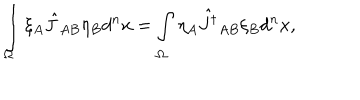
\int _ { \Omega } \xi _ { A } \hat { J } _ { A B } \eta _ { B } d ^ { n } x = \int _ { \Omega } \eta _ { A } \hat { J ^ { \dagger } } _ { A B } \xi _ { B } d ^ { n } x ,